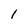
Character: 1